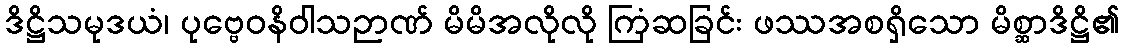
ဒိဋ္ဌိသမုဒယံ၊ ပုဗ္ဗေဝနိဝါသဉာဏ် မိမိအလိုလို ကြံဆခြင်း ဖဿအစရှိသော မိစ္ဆာဒိဋ္ဌိ၏